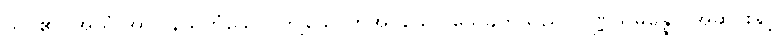
သင်၏။ အယံ အာပါနိယကံသော၊ ဤသောက်အပ်သော သေခွက်သည်။ ဝဏ္ဏသမ္ပန္နော၊ အဆင်းနှင့်